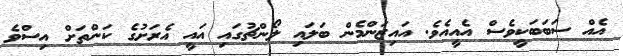
އެއް ސަބަބަކީވެސް އެއީއެވެ. އައިޒަންމެން ބަލައި ލޯންޗުގައި އައީ އެރަށުގެ ކަންތަށް އިސްވެ